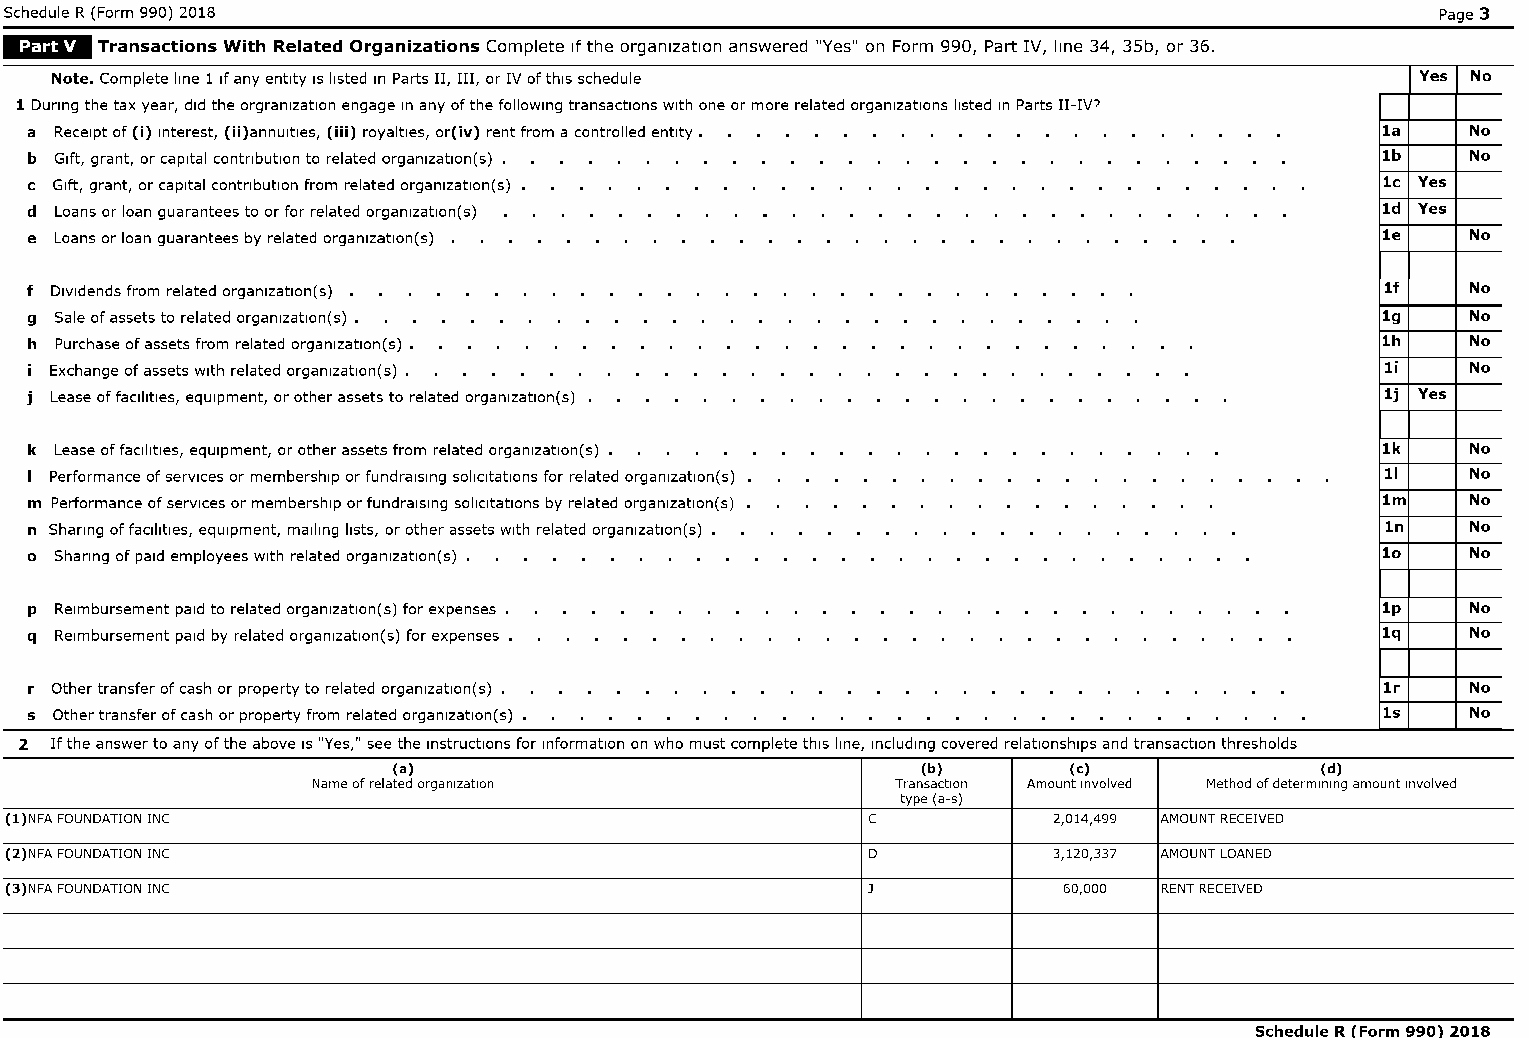
Schedule R (Form 990) 2018                                                                     Page 3
 _:F.1'i1'll Transactions With Related Organizations Complete If the organization answered "Yes" on Form 990 Part IV line 34 35b or 36
 f    f    f f
 Note. Complete line 1 If any entity IS listed In Parts II, III, or IV of thiS schedule     Yes No
 1 DUring the tax year, did the orgranlzatlon engage In any of the following transactions with one or more related organizations listed In Parts II-IV?
 a Receipt of (i) Interest, (ii)annultles, (iii) royalties, or(iv) rent from a controlled entity. 1a No
 b Gift, grant, or capital contribution to related organlzatlon(s)                        1b    No
 c Gift, grant, or capital contribution from related organlzatlon(s)                      1c Yes
 d Loans or loan guarantees to or for related organlzatlon(s)                             1d Yes
 e Loans or loan guarantees by related organlzatlon(s)                                    1e    No
 f DIVidends from related organlzatlon(s)                                                  1f   No
 9 Sale of assets to related organlzatlon(s) •                                            19    No
 h Purchase of assets from related organlzatlon(s)                                        1h    No
 i Exchange of assets with related organlzatlon(s) •                                       1i   No
 j Lease of faCilities, equipment, or other assets to related organlzatlon(s)              1j Yes
 k Lease of faCilities, equipment, or other assets from related organlzatlon(s)           1k    No
 I Performance of services or membership or fundralslng soliCitations for related organlzatlon(s) 11 No
 m Performance of services or membership or fundralslng soliCitations by related organlzatlon(s) 1m No
 n Sharing of faCilities, equipment, mailing lists, or other assets With related organlzatlon(s) 1n No
 0 Sharing of paid employees With related organlzatlon(s)                                 10    No
 p Reimbursement paid to related organlzatlon(s) for expenses.                            1p    No
 q Reimbursement paid by related organlzatlon(s) for expenses.                            1q    No
 r Other transfer of cash or property to related organlzatlon(s)                           1r   No
 s Other transfer of cash or property from related organlzatlon(s)                        1s    No
 2 If the answer to any of the above IS "Yes," see the instructions for information on who must complete thiS line, Including covered relationships and transaction thresholds
 (a)                                (b)       (c)             (d)
 Name of related organization          Transaction Amount Involved Method of determining amount Involved
 type (a-s)
 (l)NFA FOUNDATION INC                                    C            2,014,499 AMOUNT RECEIVED
 (2)NFA FOUNDATION INC                                    D            3,120,337 AMOUNT LOANED
 (3)NFA FOUNDATION INC                                    J            60,000 RENT RECEIVED